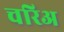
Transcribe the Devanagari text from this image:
चरिअ